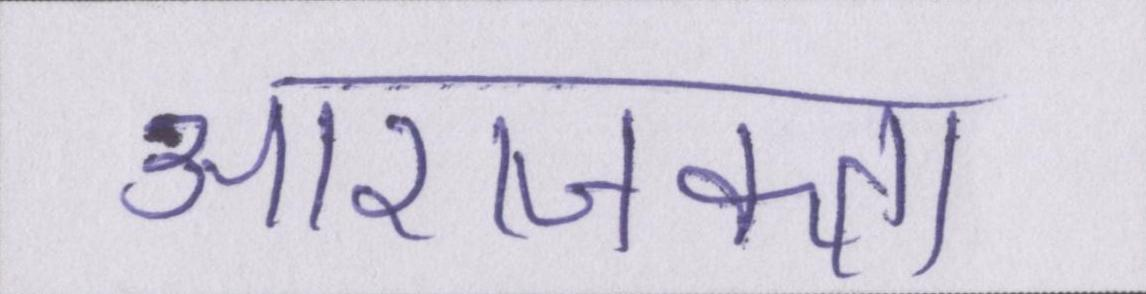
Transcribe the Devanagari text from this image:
आराजकता